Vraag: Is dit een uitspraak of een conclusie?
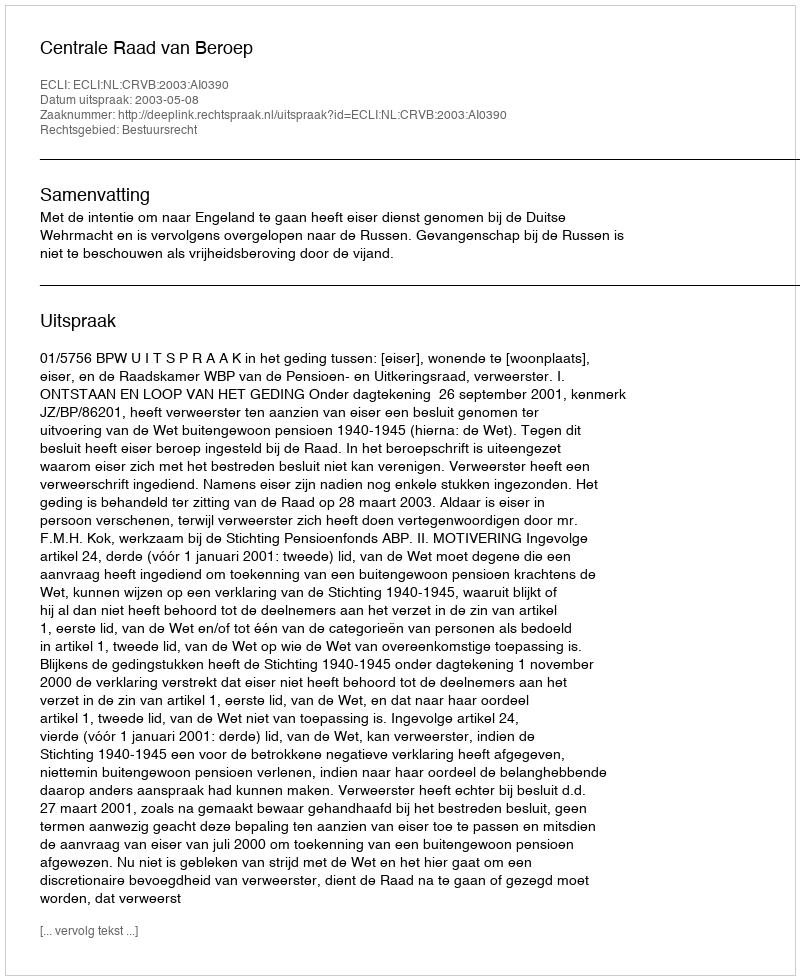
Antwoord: Uitspraak